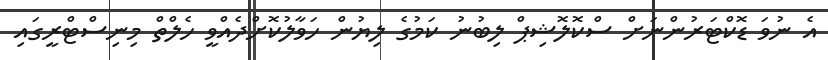
އެ ނުވަ ޑޮކްޓަރުންނަށް ސްކޮލޮޝިޕް ލިބުނު ކަމުގެ ލިޔުން ހަވާލުކޮށްދެއްވީ ހެލްތް މިނިސްޓްރީގައި